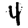
Digit: 4